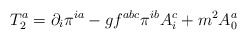
\begin{align*}T_2^a = \partial_i\pi^{ia} - g f^{abc}\pi^{ib}A_i^c +m^2 A_0^a \end{align*}